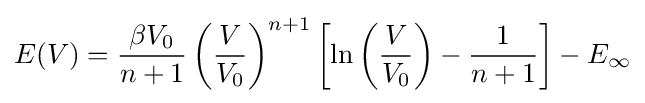
E(V)={\frac {\beta V_{0}}{n+1}}\left({\frac {V}{V_{0}}}\right)^{n+1}\left[\ln \left({\frac {V}{V_{0}}}\right)-{\frac {1}{n+1}}\right]-E_{\infty }